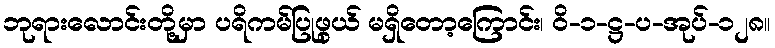
ဘုရားလောင်းတို့မှာ ပရိကမ်ပြုဖွယ် မရှိတော့ကြောင်း၊ ဝိ-၁-ဋ္ဌ-ပ-အုပ်-၁၂၈။